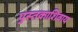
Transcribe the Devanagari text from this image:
पुस्तकाशिवाय